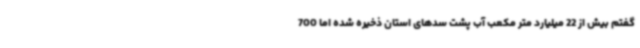
گفتم بیش از 22 میلیارد متر مکعب آب پشت سدهای استان ذخیره شده اما 700